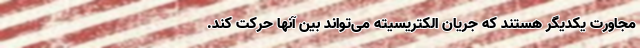
مجاورت یکدیگر هستند که جریان الکتریسیته می‌تواند بین آنها حرکت کند.